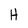
Character: H